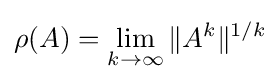
\rho (A)=\lim _{k\to \infty }\|A^{k}\|^{1/k}